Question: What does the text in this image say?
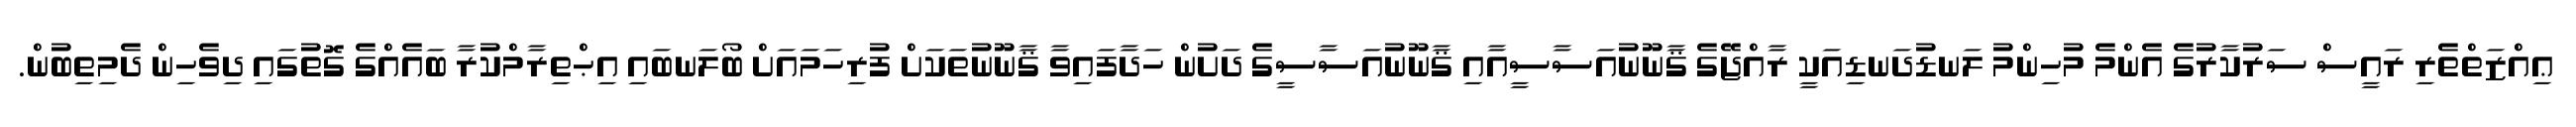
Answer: ޢިއްޒަތްތެރި ރައީސް ސަރުކާރުގެ އެންމެ މުހިންމު ލަނޑުދަނޑިއަކީ ރާއްޖޭގެ ޤާނޫނުއަސާސީއާއި ޤާނޫނުއަސާސީގެ ދަށުން ހަދާފައިވާ ޤާނޫނުތަކަށް ފުރިހަމައަށް ބޯލަނބައި އިޙްތިރާމްކުރާ ބައެއްގެ ގޮތުގައި ދިވެހިން ދެމިތިބުން.